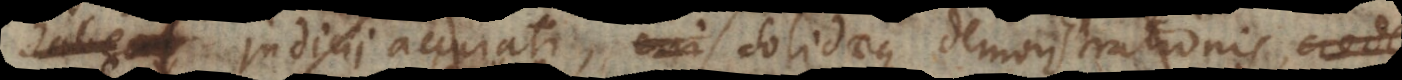
habet judicii accurati, solidaeque demonstrationis, crede